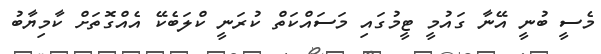
މެސީ ބުނީ އޭނާ ގައުމީ ޓީމުގައި މަސައްކަތް ކުރަނީ ކްލަބެކޭ އެއްގޮތަށް ކާމިޔާބު